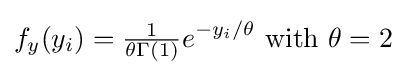
f_{y}(y_{i})={\tfrac {1}{\theta \Gamma (1)}}e^{-y_{i}/\theta }{\text{ with }}\theta =2